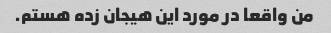
من واقعا در مورد این هیجان زده هستم.